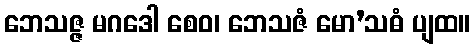
ဘေသဇ္ဇ မဂဒေါ စေဝ၊ ဘေသဇံ မော’သဓံ ပျထ။